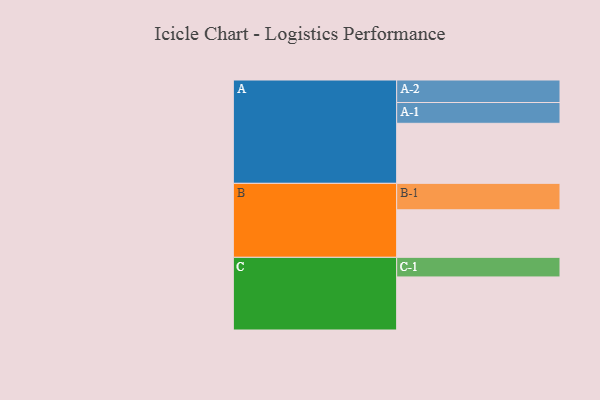
{"axis": {"x": "Segment", "y": "Value"}, "legend": ["", "A", "B", "C"], "data": [{"x": "A", "y": 456, "type": ""}, {"x": "B", "y": 361, "type": ""}, {"x": "C", "y": 403, "type": ""}, {"x": "A-1", "y": 158, "type": "A"}, {"x": "A-2", "y": 171, "type": "A"}, {"x": "B-1", "y": 201, "type": "B"}, {"x": "C-1", "y": 149, "type": "C"}]}